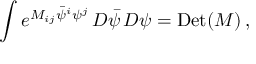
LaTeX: \int e ^ { M _ { i j } { \bar { \psi } } ^ { i } \psi ^ { j } } \, D { \bar { \psi } } \, D \psi = \mathrm { D e t } ( M ) \, ,